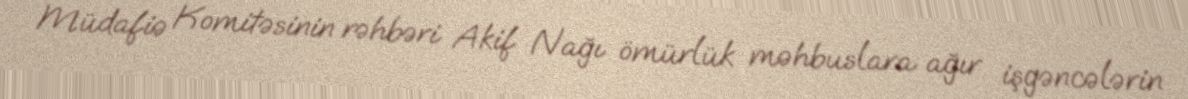
Müdafiə Komitəsinin rəhbəri Akif Nağı ömürlük məhbuslara ağır işgəncələrin